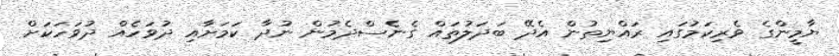
ޔާމީންގެ ވެރިކަމުގައި ރައްޔިތުން އެދޭ ބަދަލުތައް ގެނެސްދެމުން ނުދާ ކަމަށާއި ދުވަހެއް ދުވަހަކަށް